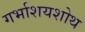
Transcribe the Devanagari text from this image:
गर्भाशयशोथ